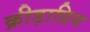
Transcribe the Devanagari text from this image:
क्रीड़ाप्रिय